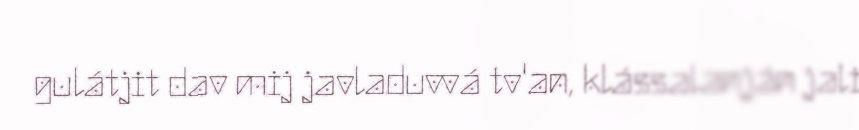
gulátjit dav mij javladuvvá tv'an, klássalanján jali